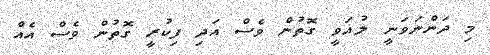
މި ދަންނަވަނީ ލުޣަވީ ގޮތުން ވެސް އަދި ފިކުރީ ގޮތުން ވެސް އެއް